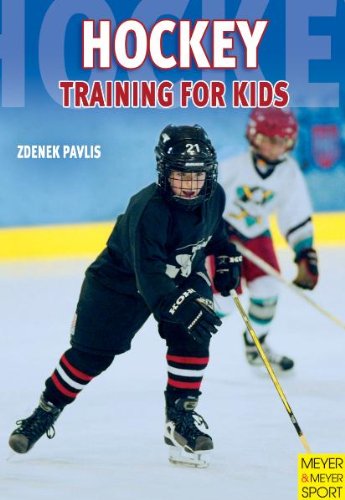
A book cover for Hockey Training for Kids; Zdenek Pavlis; Sports & Outdoors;